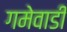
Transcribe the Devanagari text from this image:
गमेवाडी